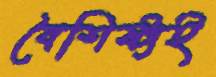
বৈশিষ্ট্যই